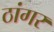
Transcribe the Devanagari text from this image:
ठांगर